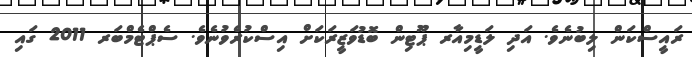
ރައީސްކަން ލިބުނެވެ. އަދި ލަޑީމިއާރ ޕޫޓިން ބޮޑުވަޒީރަކަށް އިސްކުރެވުނެވެ. ސެޕްޓެމްބަރ 2011 ގައި